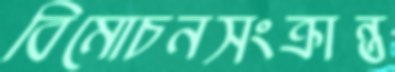
বিমোচনসংক্রান্ত